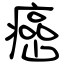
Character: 癌